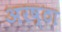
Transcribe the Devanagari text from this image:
अरष्ठा